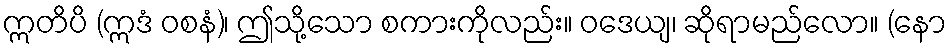
ဣတိပိ (ဣဒံ ဝစနံ)၊ ဤသို့သော စကားကိုလည်း။ ဝဒေယျ၊ ဆိုရာမည်လော။ (နော